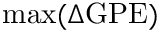
\operatorname* { m a x } ( \Delta \mathrm { G P E } )